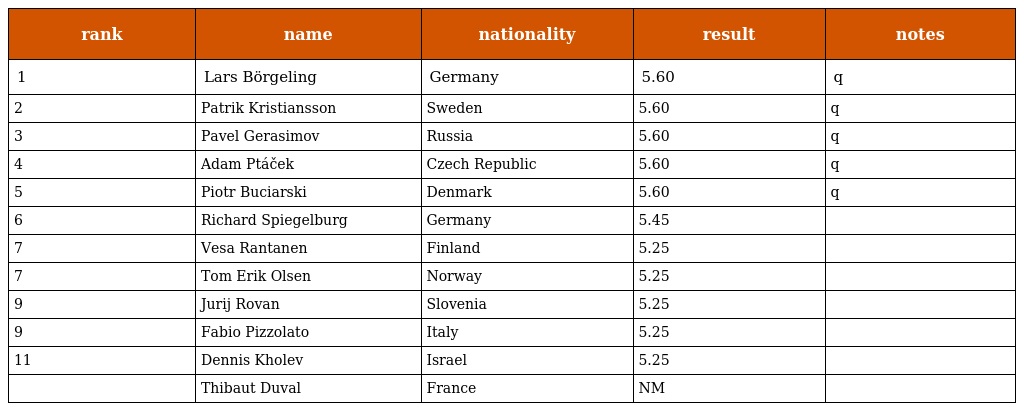
| rank | name | nationality | result | notes |
 | --- | --- | --- | --- | --- |
 | 1 | Lars Börgeling | Germany | 5.60 | q |
 | 2 | Patrik Kristiansson | Sweden | 5.60 | q |
 | 3 | Pavel Gerasimov | Russia | 5.60 | q |
 | 4 | Adam Ptáček | Czech Republic | 5.60 | q |
 | 5 | Piotr Buciarski | Denmark | 5.60 | q |
 | 6 | Richard Spiegelburg | Germany | 5.45 |  |
 | 7 | Vesa Rantanen | Finland | 5.25 |  |
 | 7 | Tom Erik Olsen | Norway | 5.25 |  |
 | 9 | Jurij Rovan | Slovenia | 5.25 |  |
 | 9 | Fabio Pizzolato | Italy | 5.25 |  |
 | 11 | Dennis Kholev | Israel | 5.25 |  |
 |  | Thibaut Duval | France | NM |  |